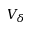
V _ { \delta }